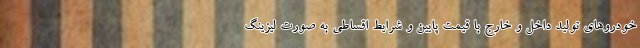
خودروهای تولید داخل و خارج با قیمت پایین و شرایط اقساطی به صورت لیزینگ